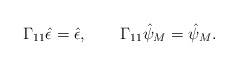
\begin{align*}\Gamma_{11}\hat\epsilon = \hat\epsilon, \qquad \Gamma_{11}\hat\psi_M =\hat\psi_M.\end{align*}